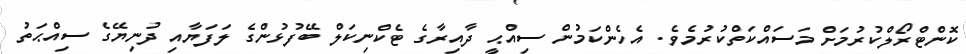
ކޮންޓްރޯލްކުރުމަށް މަސައްކަތްކުރުމެވެ. އެހެންކަމުން ސިއްޙީ ދާއިރާގެ ޓެކްނިކަލް ބޭފުޅުންގެ ލަފަޔާއި ދުނިޔޭގެ ސިއްޙަތު